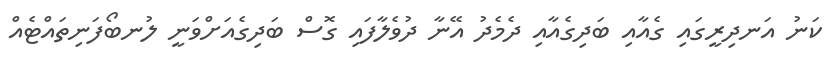
ކަނު އަނދިރީގައި ގެއާއި ބަދިގެއާއި ދެމެދު އޭނާ ދުވެލާފައި ގޮސް ބަދިގެއަށްވަނީ ލުނބޯފަނިތައްޓެއް